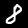
Label: 8